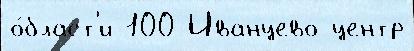
о́бласт'и 100 Иванцево центр